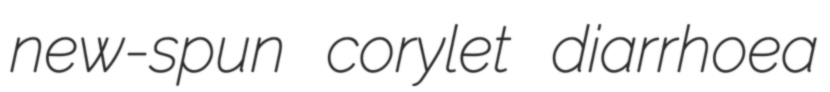
new-spun corylet diarrhoea